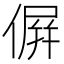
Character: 𠌸